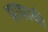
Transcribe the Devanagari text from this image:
झाझाकी